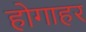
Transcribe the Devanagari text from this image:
होगाहर